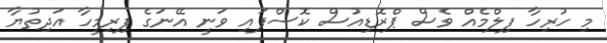
މި ހުރިހާ ފިލްމެއް ވެސް ޕްރޮޑިއުސް ކޮސްފައި ވަނީ އޭނަގެ ފިރިމީހާ އަދިތުޔާ